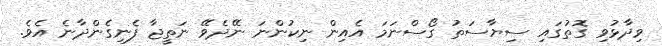
ވިދާޅުވި ގޮތުގައި ސިޔާސަތު ގޯސްނަމަ އެއިން ނިކުންނަ ނޭދެވޭ ނަތީޖާ ފެނިގެންދާނެ އެވެ.